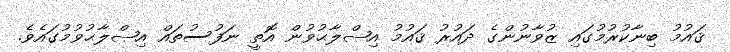
ޤައުމު ބިނާކުރުމުގައި ޒުވާނުންގެ ދައުރު ޤައުމު އިޞްލާޙުވުން އޮތީ ނަފުސުތައް އިޞްލާޙުވުމުގައެވެ.